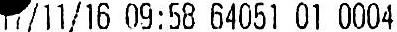
11/11/16 09:58 64051 01 0004